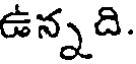
ఉన్నది.